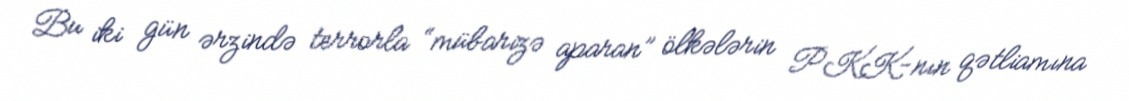
Bu iki gün ərzində terrorla “mübarizə aparan” ölkələrin PKK-nın qətliamına